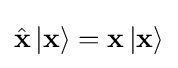
{\hat {\mathbf {x} }}\left|\mathbf {x} \right\rangle =\mathbf {x} \left|\mathbf {x} \right\rangle